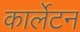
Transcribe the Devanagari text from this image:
कार्लेटन